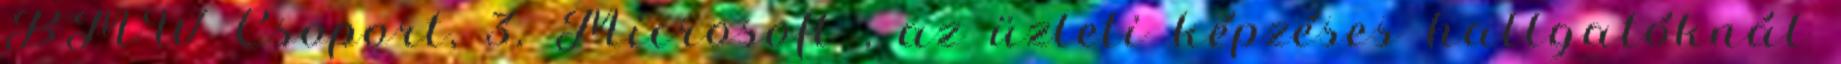
BMW Csoport, 3. Microsoft , az üzleti képzéses hallgatóknál